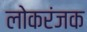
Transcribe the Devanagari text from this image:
लोकरंजक